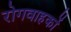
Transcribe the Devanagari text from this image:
रोगवाहकों